Tezpur Lunatic Asylum reports 1895-1904 - 1895-1904
Year: 1895
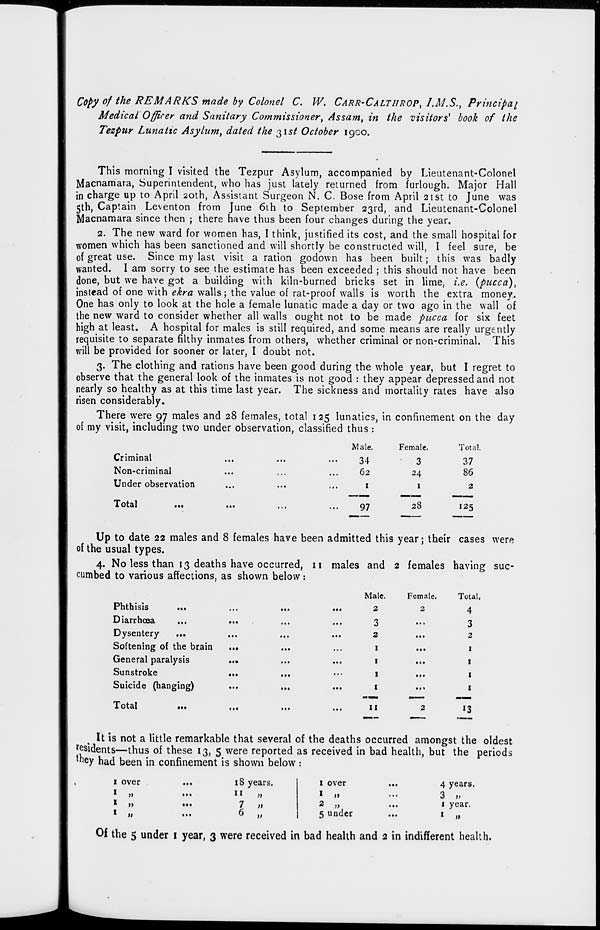
Copy of the REMARKS made by Colonel C. W. CARR-CALTHROP, I.M.S., Principal
Medical Officer and Sanitary Commissioner, Assam, in the visitors* book of the
Tezpur Lunatic Asylum, dated the $\st October 1900.
This morning I visited the Tezpur Asylum, accompanied by Lieutenant-Colonel
Macnamara, Superintendent, who has just lately returned from furlough. Major Hall
in charge up to April 20th, Assistant Surgeon N. C. Bose from April 21st to June was
5th, Captain Leventon from June 6th to September 23rd, and Lieutenant-Colonel
Macnamara since then ; there have thus been four changes during the year.
2. The new ward for women has, I think, justified its cost, and the small hospital for
women which has been sanctioned and will shortly be constructed will, I feel sure, be
of great use. Since my last visit a ration godown has been built; this was badly
wanted. I am sorry to see the estimate has been exceeded ; this should not have been
done, but we have got a building with kiln-burned bricks set in lime, i.e. {pucea),
instead of one with ekra walls; the value of rat-proof walls is worth the extra money.
One has only to look at the hole a female lunatic made a day or two ago in the wall of
the new ward to consider whether all walls ought not to be made pucca for six feet
high at least. A hospital for males is still required, and some means are really urgently
requisite to separate filthy inmates from others, whether criminal or non-criminal. This
will be provided for sooner or later, I doubt not.
3. The clothing and rations have been good during the whole year, but I regret to
observe that the general look of the inmates is not good : they appear depressed and not
nearly so healthy as at this time last year. The sickness and mortality rates have also
risen considerably.
There were 97 males and 28 females, total 125 lunatics, in confinement on the day
of my visit, including two under observation, classified thus :
Criminal
Non-criminal
Under observation
Total
Male.
Female.
Total
34
3
37
62
24
86
1
1
2
97
28
125
Up to date 22 males and 8 females have been admitted this year; their cases were
of the usual types.
4. No less than 13 deaths have occurred, 11 males and 2 females having suc-
cumbed to various affections, as shown below:
Phthisis
...
...
Diarrhoea
•••
Dysentery
...
Softening of the brain
..*
General paralysis
•••
Sunstroke
*••
Suicide (hanging)
•••
Total
Male.
Female.
Total.
2
2
4
3
...
3
2
...
2
• ••
1
• ••
1
...
1
..«
1
mmmt
..—
—
II
2
*3
It is not a little remarkable that several of the deaths occurred amongst the oldest
r esidents—thus of these 13, 5 were reported as received in bad health, but the periods
they had been in confinement is shown below :
1 over
•tt
18 years.
1 over
...
4 years.
1 „
• ••
"
»
1
11
...
3 u
1 „
!••
7 ,)
2 „
...
1 year.
»
11
• •I
6 „
5 under
••*
1
»
Of the 5 under 1 year, 3 were received in bad health and 2 in indifferent health.